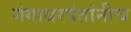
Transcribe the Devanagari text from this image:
गंगाधरपंतांनीच